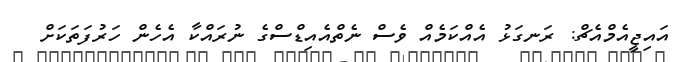
އައިޖީއެމްއެޗް: ރަނގަޅު އެއްކަމެއް ވެސް ނެތްއެއިޑްސްގެ ނުރައްކާ އެހެން ހަރުފަތަކަށް